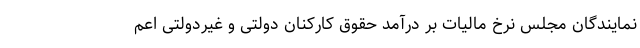
نمایندگان مجلس نرخ مالیات بر درآمد حقوق کارکنان دولتی و غیردولتی اعم